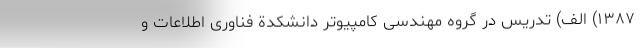
۱۳۸۷) الف) تدریس در گروه مهندسی کامپیوتر دانشکدة فناوری اطلاعات و